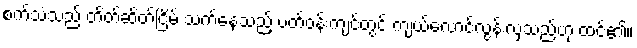
စက်သံသည် တိတ်ဆိတ်ငြိမ် သက်နေသည့် ပတ်ဝန်းကျင်တွင် ကျယ်လောင်လွန်းလှသည်ဟု ထင်၏။